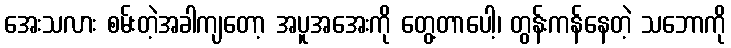
အေးသလား စမ်းတဲ့အခါကျတော့ အပူအအေးကို တွေ့တာပေါ့၊ တွန်းကန်နေတဲ့ သဘောကို